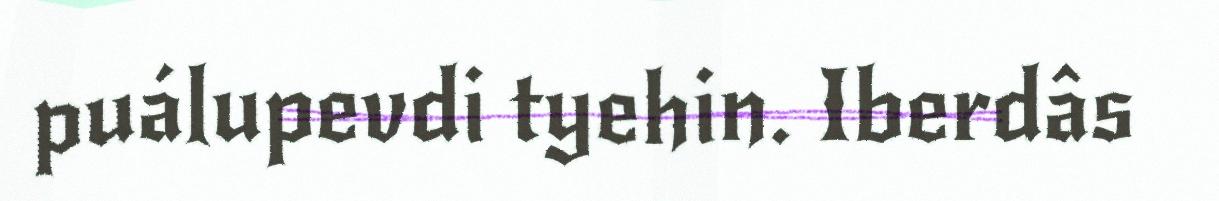
puálupevdi tyehin. Iberdâs